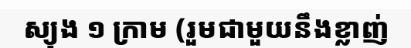
ស្យុង ១ ក្រាម (រួមជាមួយនឹងខ្លាញ់